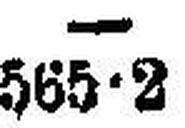
565•2